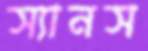
স্যানস